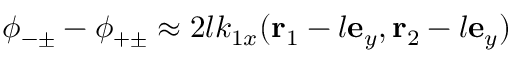
\phi _ { - \pm } - \phi _ { + \pm } \approx 2 l k _ { 1 x } ( \mathbf { r } _ { 1 } - l \mathbf { e } _ { y } , \mathbf { r } _ { 2 } - l \mathbf { e } _ { y } )